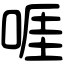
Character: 啀